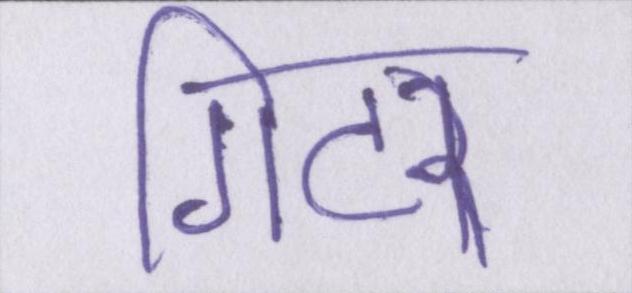
गिटर